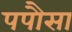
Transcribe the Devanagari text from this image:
पपौसा